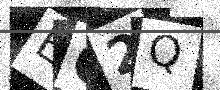
Text: EC2Q